Regulations for the medical services of the Army of India
Year: 1930
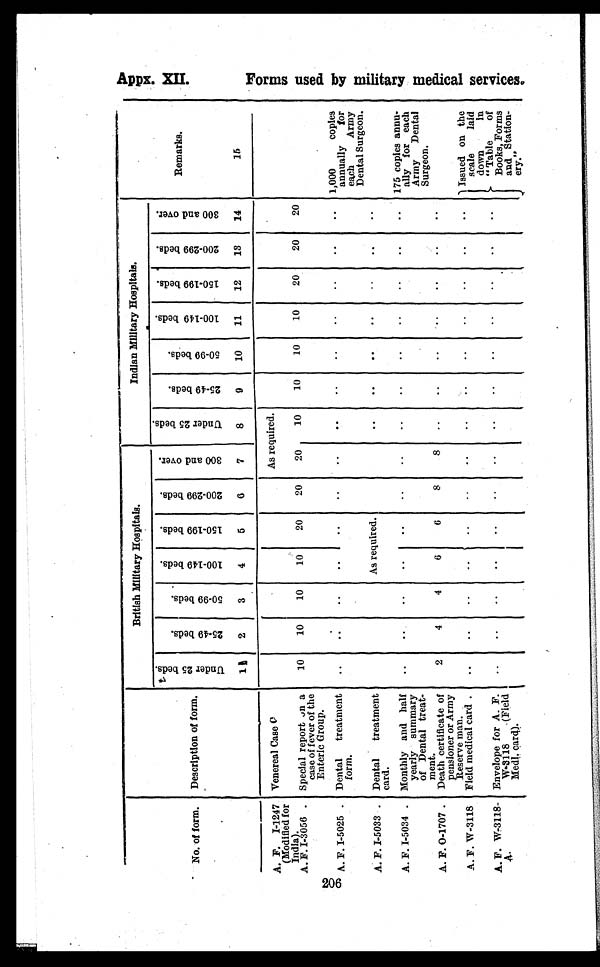
No. of form. Description of form.
British Military Hospitals.
Indian Military Hospitals.
Remarks.
15
U n d e r 2 5 b e d s .
1
2 5 - 4 9 b e d s .
2
5 0 - 9 9 b e d s .
3
1 0 0 - 1 4 9 b e d s .
4 1 5 0 - 1 9 9 b e d s
5
2 0 0 - 2 9 9 b e d s .
6 3 0 0 a n d o v e r .
7
U n d e r 2 5 b e d s
8
2 5 - 4 9 b e d s .
9
5 0 - 9 9 b e d s .
1 0
1 0 0 - 1 4 9 b e d s .
1 1
1 5 0 - 1 9 9 b e d s .
1 2
2 0 0 - 2 9 9 b e d s .
1 3
3 0 0 a n d o v e r .
1 4
A. F.
I - 1 2 4 7
(Modified for
India).
Venereal Case C
As required.
A. F. I-3056 . Special report on a
case of fever of the
Enteric Group.
10
10
10
10
20
20
20
10
10
10
10
20
20
20
A. F. I-5025 . Dental treatment
form.
..
..
..
..
..
..
..
..
..
..
..
..
..
.. 1,000
copies
annually
for
each
Army
Dental Surgeon.
A. F. I-5033 . Dental treatment
card.
As required.
..
..
..
. .
..
. .
. .
A. F. I-5034 . Monthly and half
yearly summary
of Dental treat-
ment.
..
..
. . ..
..
..
..
..
. .
..
..
. .
..
.. 175 copies annu-
ally for each
Army Dental
Surgeon.
A. F. O-1707 .
A. F. W-3118
Death certificate of
pensioner or Army
Reserve man.
Field medical card .
2
..
4
. .
4
. .
6
..
6
..
8
..
8
..
.. . .
..
..
.. . .
. .
..
..
..
..
.. . .
Issued on the
scale
laid
down
in
" Table
of
Books, Forms
and Station-
ery."
A. F. W-3118-
A.
Envelope for A. F.
W-3118
(Field
Medl. card).
..
..
..
..
..
..
..
..
.
..
..
..
'
..
..
Appx. XII.
F o r m s u s e d b y m i l i t a r y m e d i c a l s e r v i c e s .